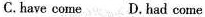
C. have come D. Had come